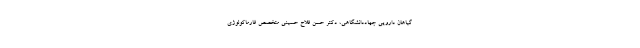
گیاهان دارویی جهاددانشگاهی، دکتر حسن فلاح حسینی متخصص فارماکولوژی